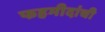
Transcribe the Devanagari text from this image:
फहमीदांची